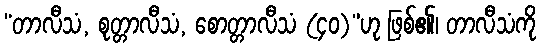
“တာလီသံ, စုတ္တာလီသံ, စောတ္တာလီသံ (၄၀)”ဟု ဖြစ်၏၊ တာလီသံကို